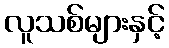
လူသစ်များနှင့်